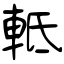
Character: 軧